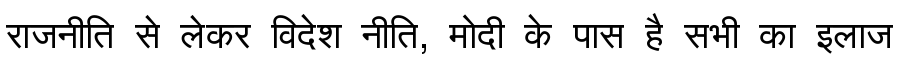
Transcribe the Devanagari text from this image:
राजनीति से लेकर विदेश नीति, मोदी के पास है सभी का इलाज